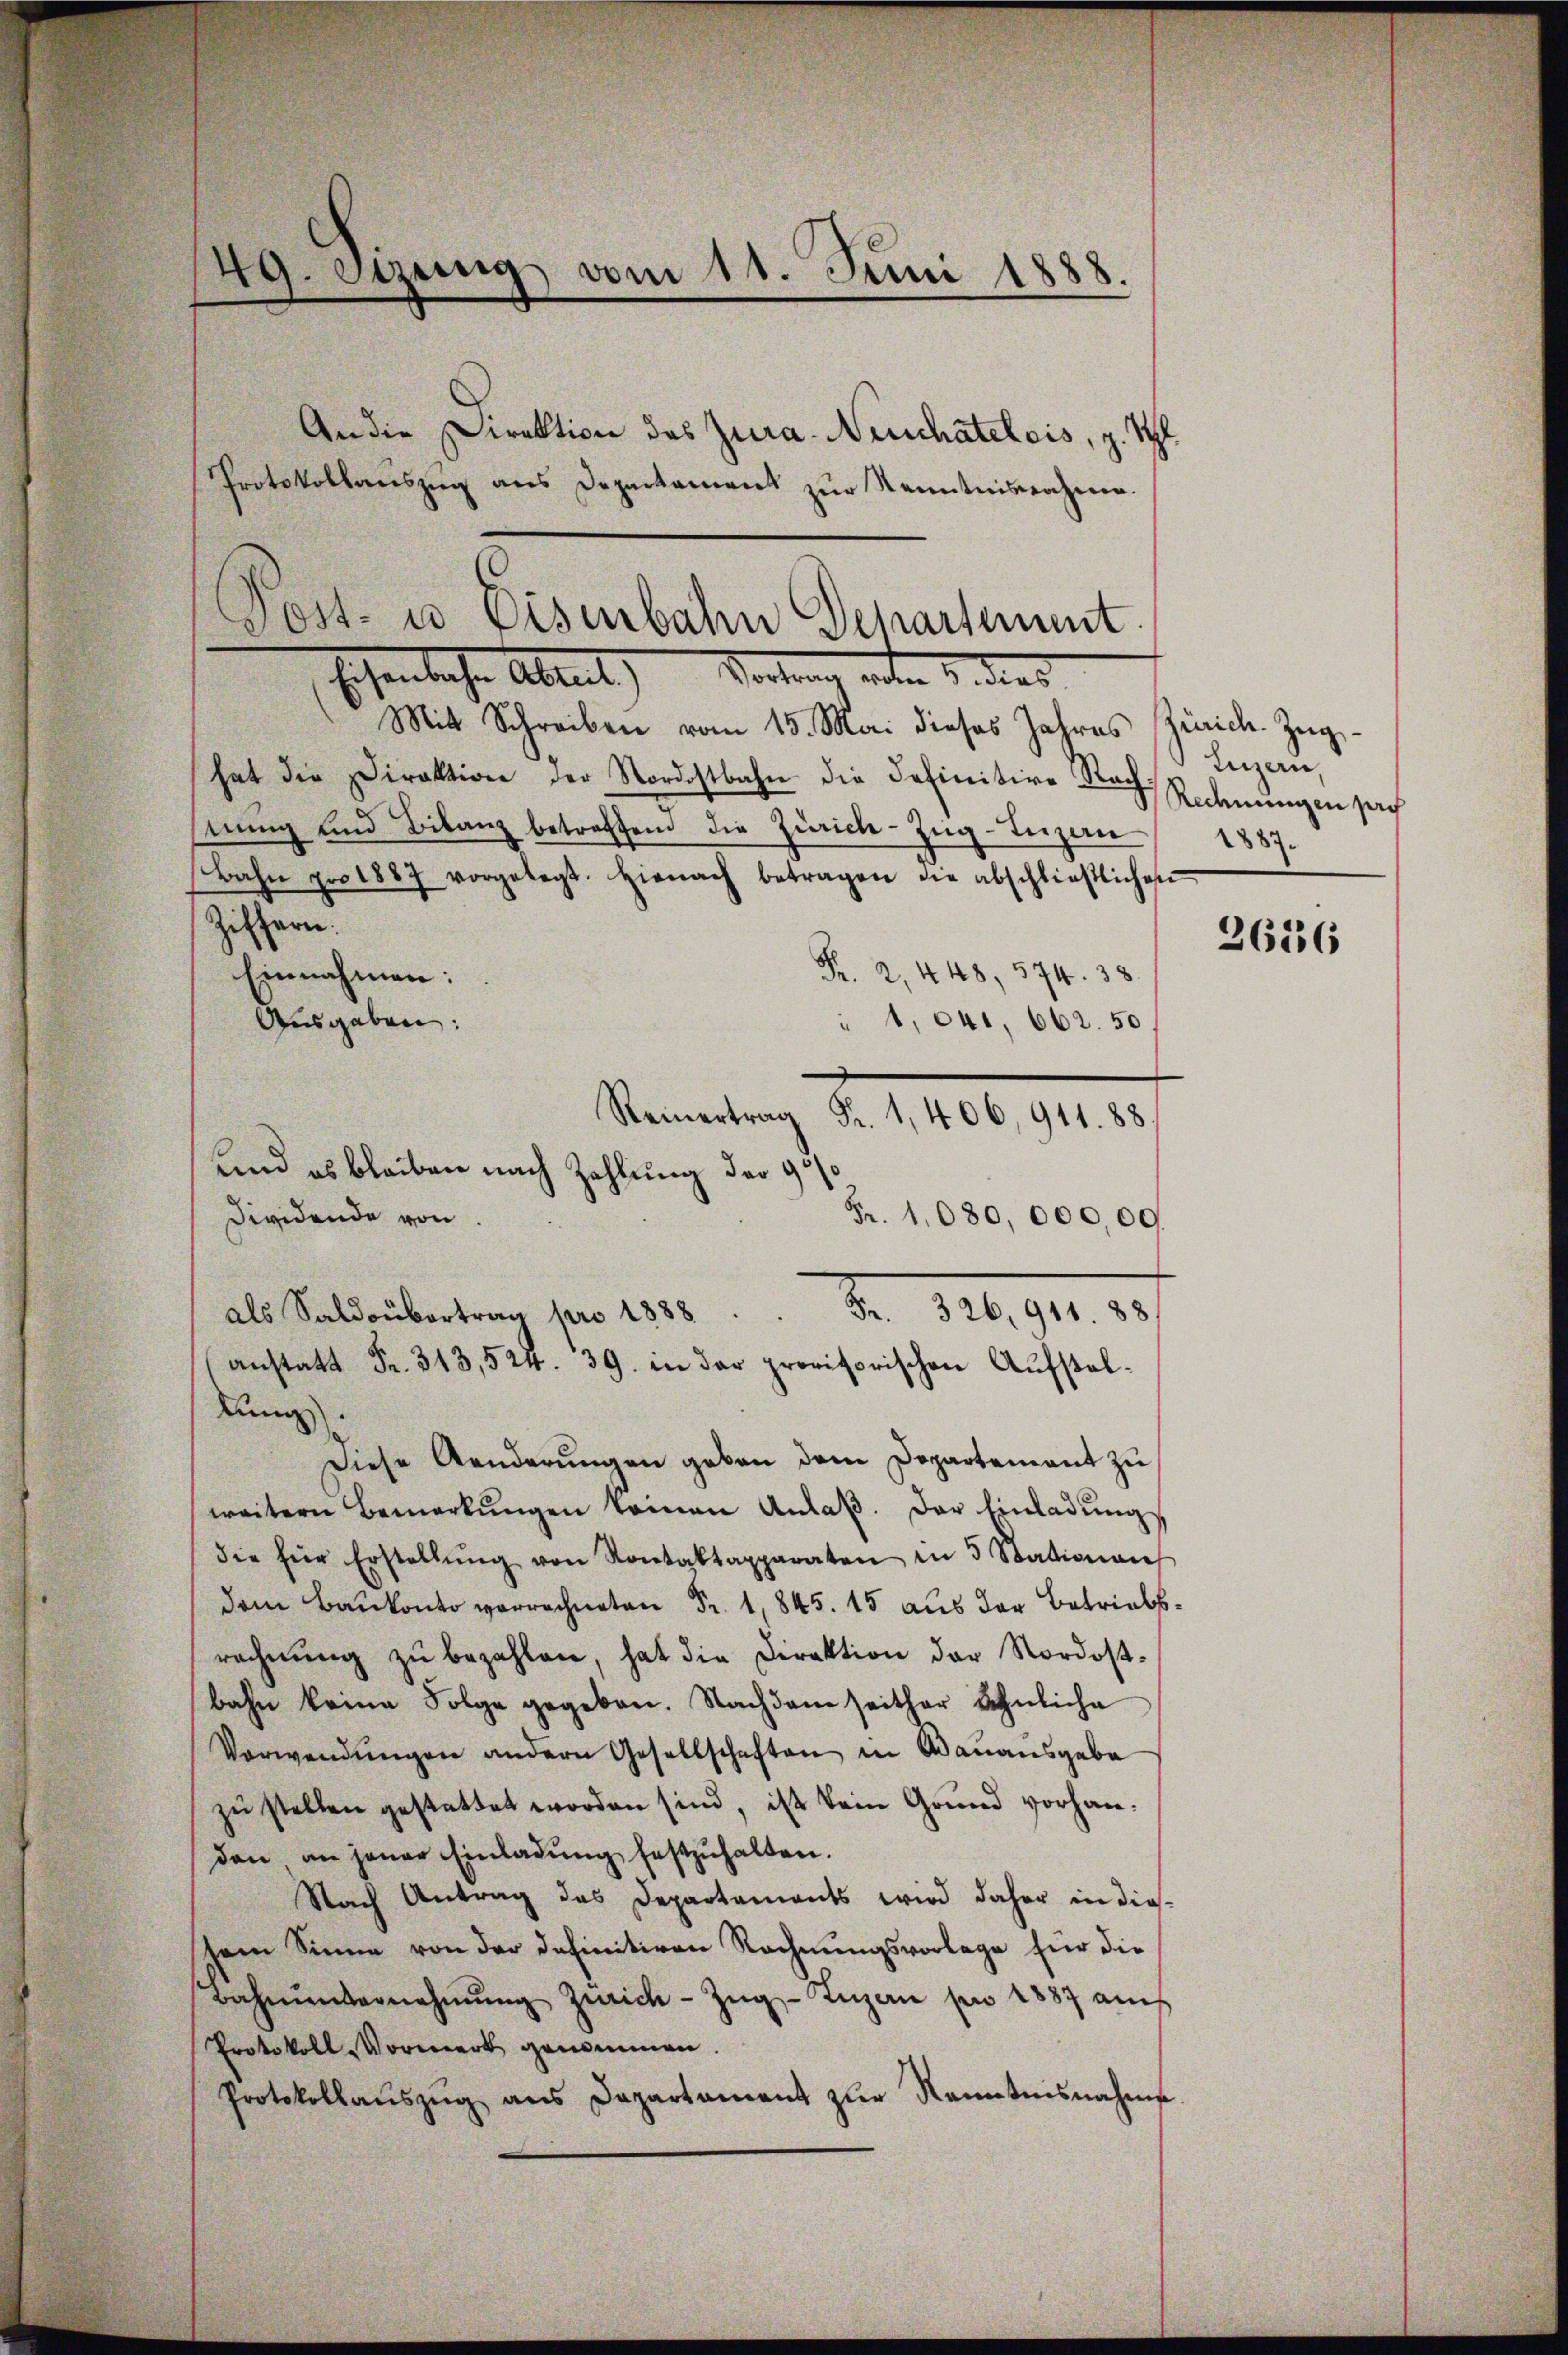
49. Stzung vom 11. Juni 1888.

An die Direktion des Jura. Neuchateleis, z. Thl.
Protokollauszug aus Departament zur Kenntnisnahmen.
Post- u Eisenbahn Departement

Eisenbache Abteil) Vortung enten u. dies
Mit Schreiben vom 15. Mai dieses Jahres Zürich. Zŭg-

und es bleiben nach Zahlung der 90

hat die Direktion der Nordostbahn die Definitive Rach
nung und Bilanz betreffend die Zürich–Zug–Luzern
Bahn pro 1887 vorgelegt. Hienach betragen die abschließlichen
Ziffern.
Pr. 2, 448, 574. 38.
Einnahmen:
Ausgaben:
1,041, 662. 50
Reinertrag Fr. 1,406, 911. 88
Dividende von
Fr. 1080,000,00.
anstatt Fr. 313,524. 39. in der provisorischen Aŭfstellung).
Diese Aenderŭngen geben dem Departement zŭ
weitern Bemerkŭngen keinen Anlaβ. Der Einladŭng
die für Erstellŭng von Kontaktapparaten in 5 Station an
dem Bauch 1845. 15 aus der Betriebsrechnŭng zŭ bezahlen, hat die Direktion der Nordost-
bahn keine Folge gegeben. Nachdem seither Lehnliche
Verwendŭngen andern Gesellschaften in Bauausgabe
zŭ stellen gestattet worden sind, ist kein Grund vorhanden an jener Einladŭng festzŭhalten.
Nach Antrag das Departements wird daher in diessem Sinne von der definitiven Rechnungsvorlage für die
Bahnungernehmŭng Zürich-Zŭg-Luzan pro 1887 auf
Protokoll Vormerk genommen.
Protokollaŭszŭg ans Departament zŭr Kenntnisnahme

als Saldaubarten pr. 1835.  "  Fr. 326, 911. 38

Luzern
Redeningen sch
1887.

2636